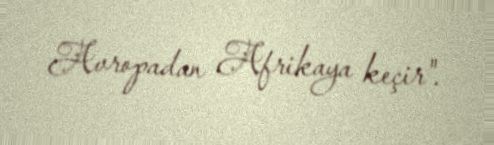
Avropadan Afrikaya keçir".